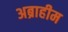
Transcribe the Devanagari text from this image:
अब्राहीम